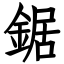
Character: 鋸